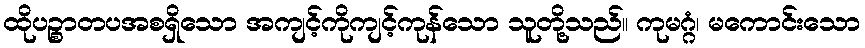
ထိုပဉ္စာတပအစရှိသော အကျင့်ကိုကျင့်ကုန်သော သူတို့သည်။ ကုမဂ္ဂံ၊ မကောင်းသော